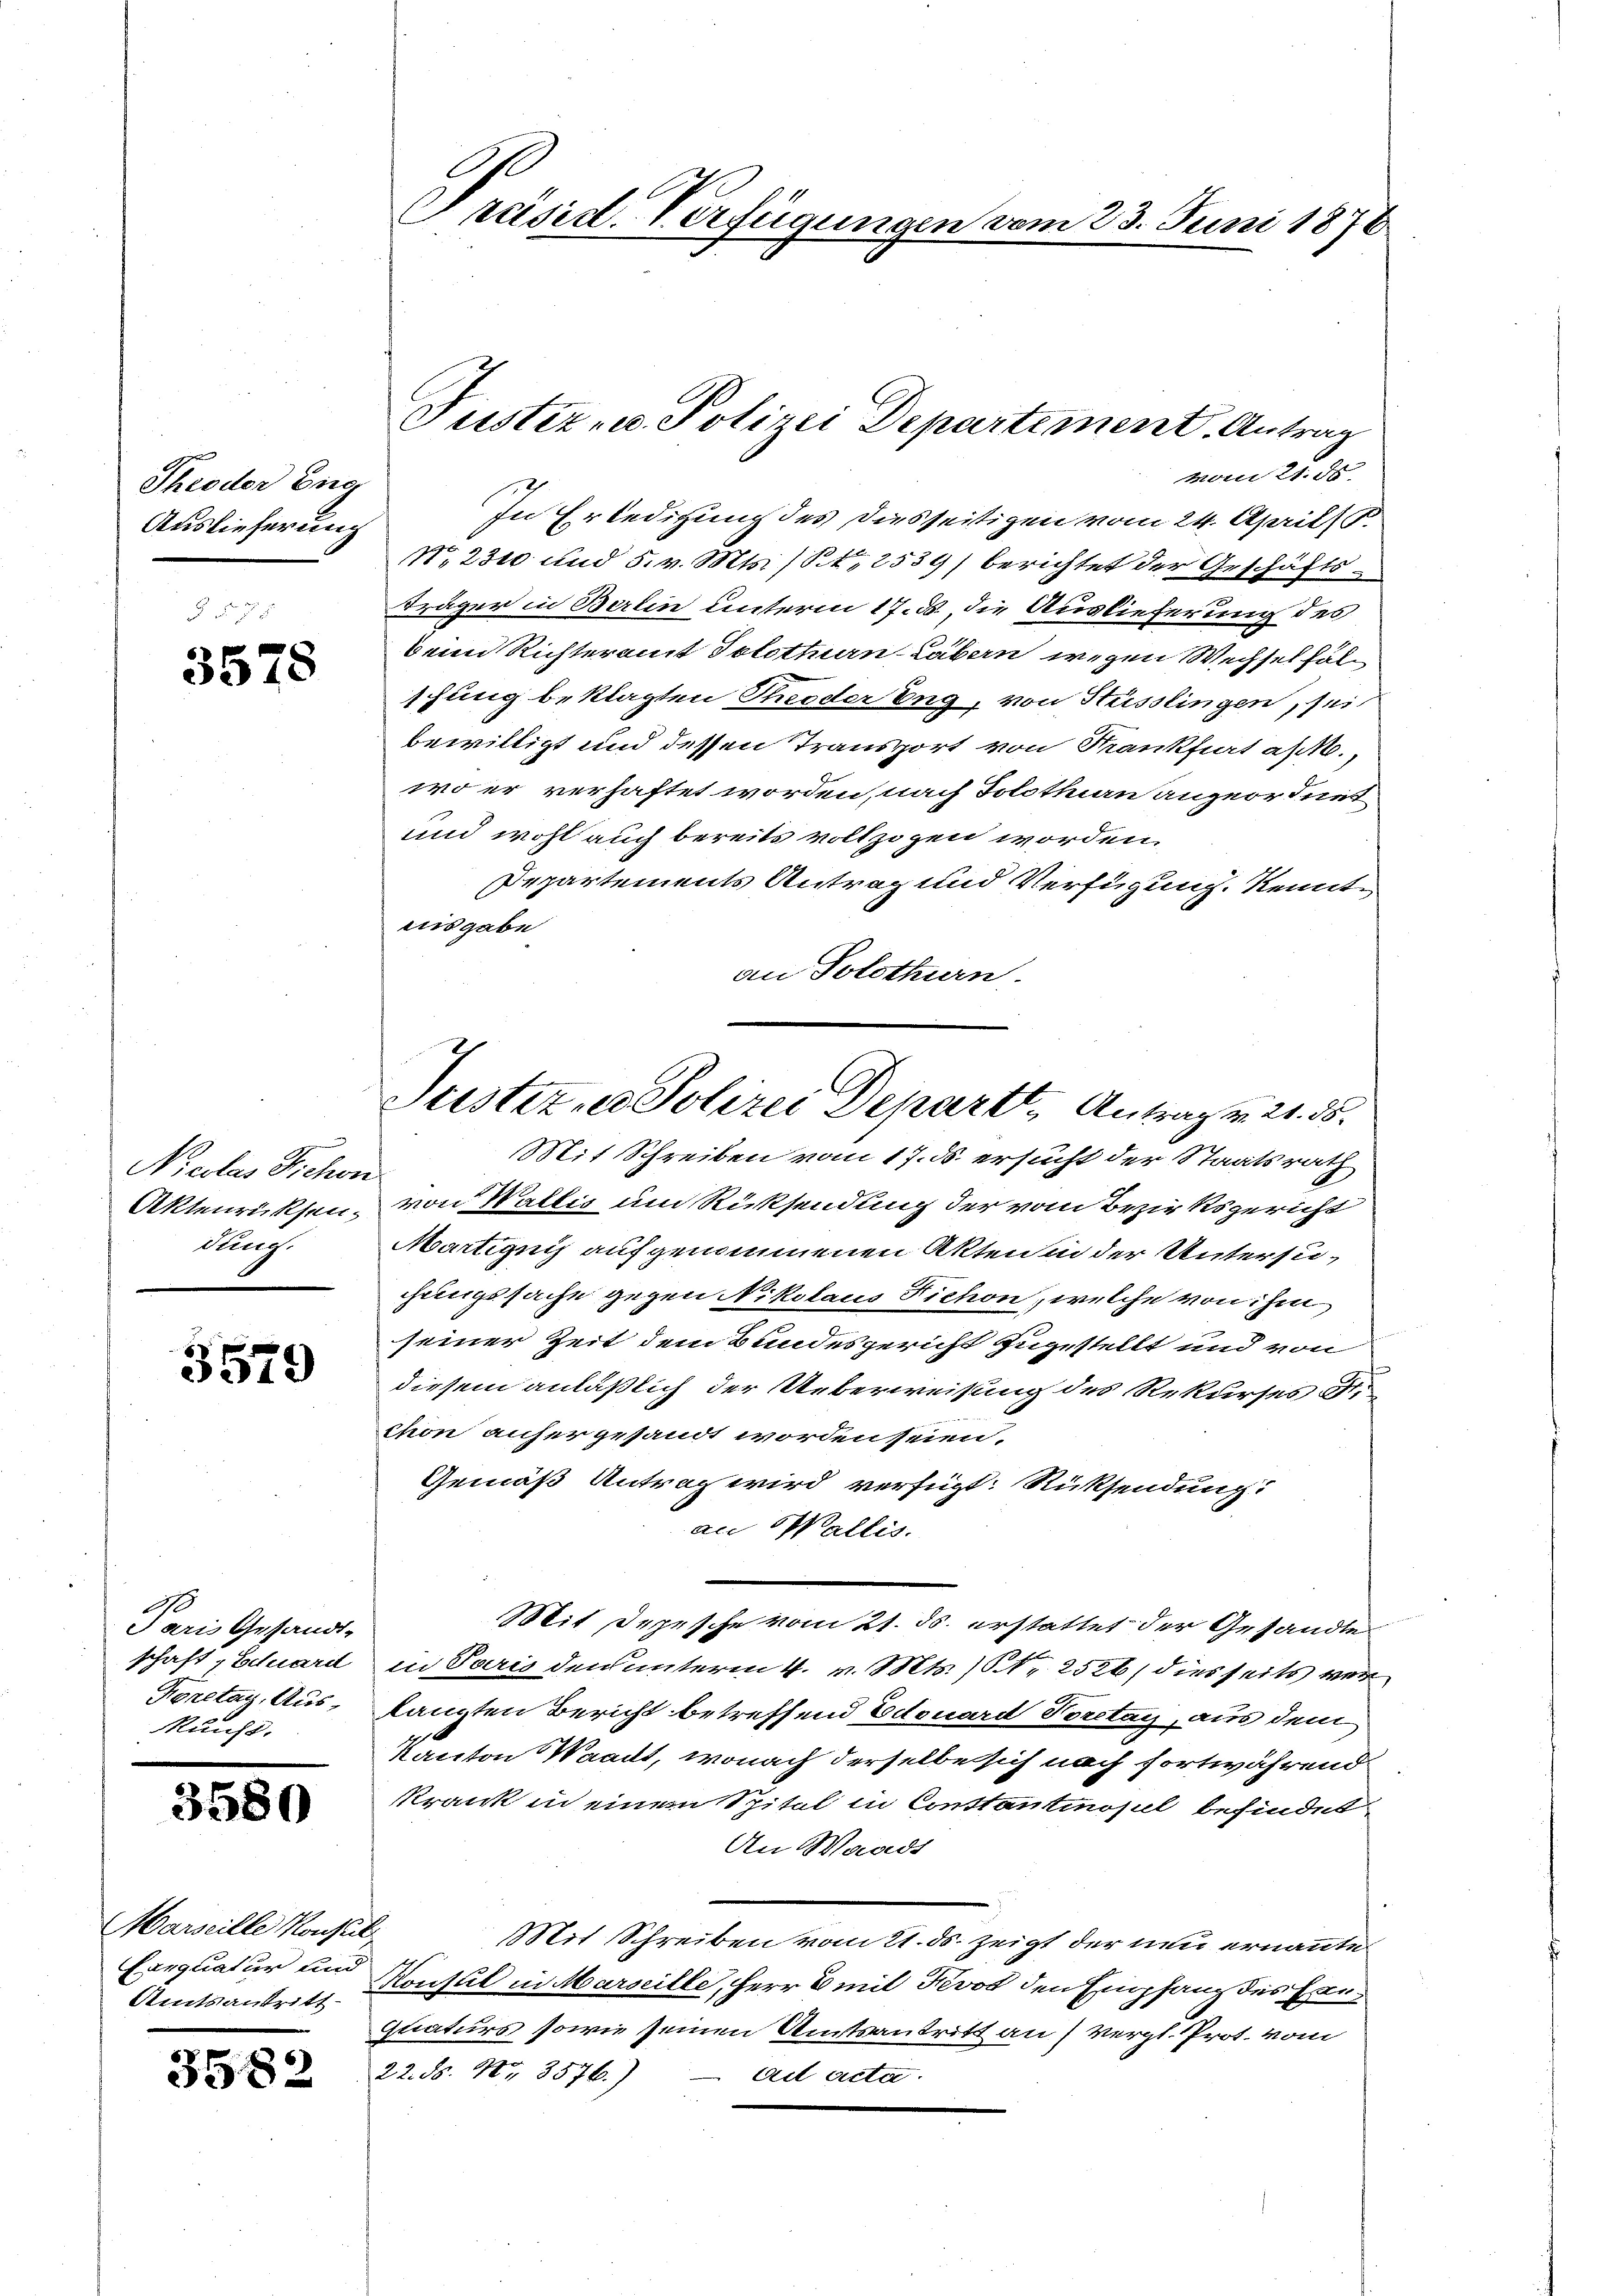
Theoder Eng
Auslieferung

3578

Nicolas Siche
Aktenrücksendauch.

3579

1
Paris Gesandt-
schaft, Eduard
Konetag, Aus-
kunft.

3580

Marseille Konstit
Eerquatur und
Amtsantritt

358

82

Präsid. Verfügungen vom 23. Juni 1876.

Justiz- u. Polizei Departement. Antrag
Mai 21. ds

Justiz, u. Polizei Departt, Antrag v. 21. 55.

In Erledigung des diesseitigen vom 24. April (T.
N.2310 und 5. v. Mts. (S. 2539) berichtet der Geschäfts¬
Träger in Berlin unterm 17. ds., die Auslieferung des
bei Richteramt Solothurn Laban wegen Wechsel fäl
schung beklagten Theoder Eng, von Stüsslingen, sei
bewilligt und dessen Transport von Krankfiat al
wo er verhaftet worden, nach Solothurn anzuordnet
und wohl auch bereits vollzogen worden.
Departements Antrag und Verfügung. Kenntnisgabe
an Solothurn
Mit Schreiben vom 17. ds. ersucht der Staatsrath
von Wallis um Rücksendung der vom Bezirksgericht
Martignis aufgenommenen Akten in der Untersuchungssache gegen Nikolaus Fichon, welche von ihm
seiner Zeit dem Bundesgericht zugestellt und von
diesem anläßlich der Ueberweisung des Rekurses Sti
chon anhergesandt worden seien.
Gemäß Antrag wird verfügt: Rücksendung
an Wallis.
Mit Depesche vom 21. ds. erstattet der Gesandte
in Paris den unterm 4. v. Mts. (Nr. 2526/ dies seits ver
langten Bericht betreffend Edouard Toretan, aus dem
Kanton Waadt, wonach derselbe sich nach fortwährend
Krank in einem Spital in Constantinopel befindet
An Waadt
Mit Schreiben vom 21. ds. zeigt der neu ernannte
Konsul in Marseille, Herr Smit Nevor den Empfang des Exequaturs sowie seinen Amtsantritt an vergl. Prot. vom
22. ds. No. 3576.)
ail acta.